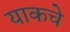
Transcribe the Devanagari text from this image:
याकचे